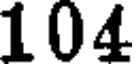
104